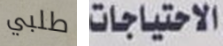
طلبي الاحتياجات